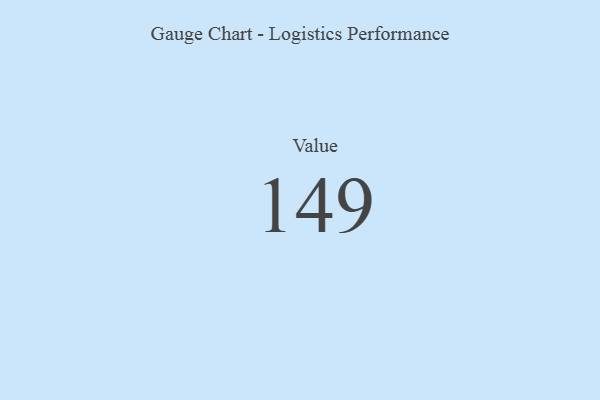
{"axis": {"x": "Metric", "y": "Value"}, "legend": [""], "data": [{"x": "Value", "y": 149, "type": ""}]}